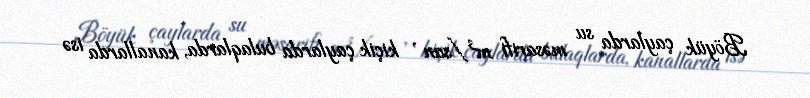
Böyük çaylarda su məsarifi m³/san , kiçik çaylarda bulaqlarda, kanallarda isə